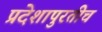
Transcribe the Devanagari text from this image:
प्रदेशापुरतीच